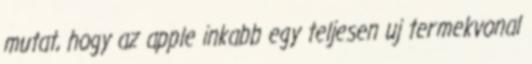
mutat, hogy az apple inkabb egy teljesen uj termekvonal